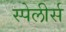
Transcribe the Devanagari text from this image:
स्पेलीर्स